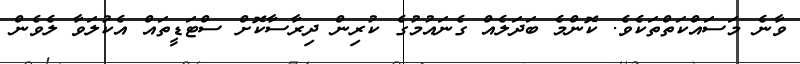
ވާނެ މަސައްކަތްތަކެވެ. ކޮންމެ ބަދަލެއް ގެނައުމުގެ ކުރިން ދިރާސާކޮށް ސްޓަޑީތައް އެކުލަވާ ލެވެން